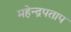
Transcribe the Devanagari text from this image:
महेन्द्रपताप